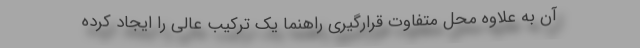
آن به علاوه محل متفاوت قرارگیری راهنما یک ترکیب عالی را ایجاد کرده